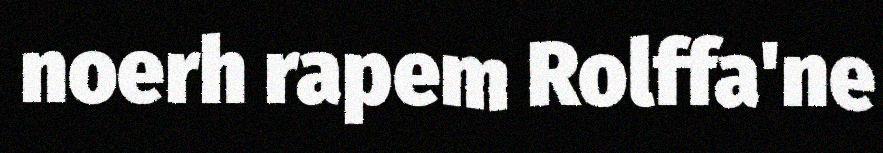
noerh rapem Rolffa'ne